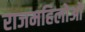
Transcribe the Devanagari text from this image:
राजमहिलोओं